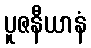
ပူဇနီယာနံ